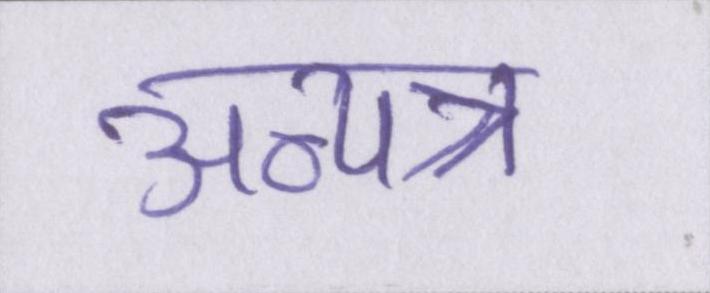
अन्यत्र